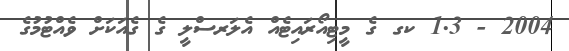
2004 - 1.3 ކގ ގެ މީޓިއޯރައިޓެއް އެލަރސްލީ ގެ ގެއަކަށް ވެއްޓުމުގެ